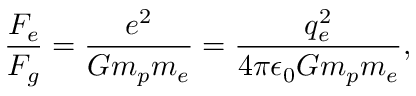
\frac { F _ { e } } { F _ { g } } = \frac { e ^ { 2 } } { G m _ { p } m _ { e } } = \frac { q _ { e } ^ { 2 } } { 4 \pi \epsilon _ { 0 } G m _ { p } m _ { e } } ,